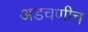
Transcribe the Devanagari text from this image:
अडचणीच